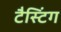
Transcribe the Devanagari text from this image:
टैस्टिंग